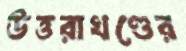
উত্তরাখণ্ডের